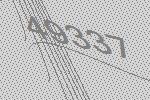
49337